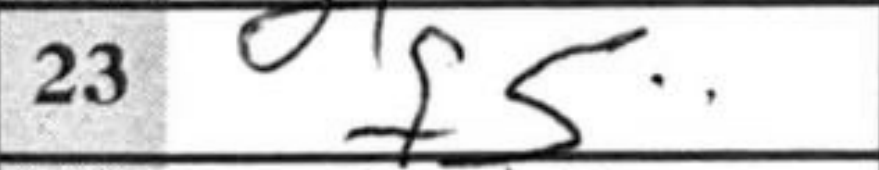
Transcription: f5